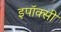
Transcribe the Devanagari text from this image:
इपॉक्सी